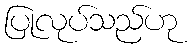
ပြုလုပ်သည်ဟု